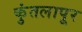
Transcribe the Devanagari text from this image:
कुंतलापूर